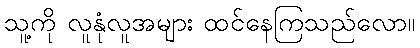
သူ့ကို လူနုံလူအများ ထင်နေကြသည်လော။